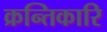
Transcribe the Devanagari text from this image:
क्रन्तिकारि